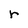
Character: r